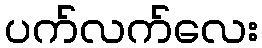
ပက်လက်လေး